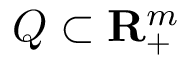
{ \cal Q } \subset { \mathbf { R } } _ { + } ^ { m }